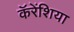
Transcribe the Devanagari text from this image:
कॅरेंशिया